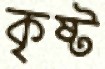
কৃষ্ট